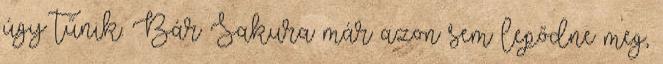
úgy tűnik. Bár Sakura már azon sem lepődne meg,